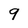
Character: 9